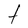
Character: t